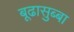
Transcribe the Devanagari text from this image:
बूढासुब्बा